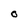
Character: O